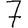
Digit: 7